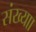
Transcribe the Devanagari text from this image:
संख्याा